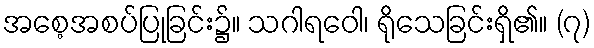
အစေ့အစပ်ပြုခြင်း၌။ သဂါရဝေါ၊ ရိုသေခြင်းရှိ၏။ (၇)